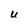
Character: U